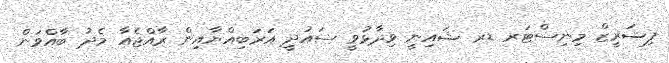
ފިޝަރީޒް މިނިސްޓަރ ޑރ ޝައިނީ ވިދާޅުވީ ސައުދީ އަރަބިއްޔާއިން ރާއްޖެއާ މެދު ބާއްވަން